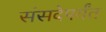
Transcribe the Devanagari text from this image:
संसदेपर्यंत